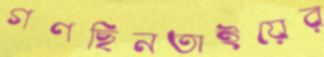
গণছিনতাইয়ের